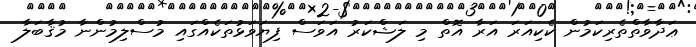
ޢަދާވާތްތެރިކަމުން ކެކިއަރަ އަރާ އޮތް މި ލަޝްކަރު އަވަސް ފިޔަވަޅުތަކެއްގައި މުސްލިމުންނާ މުޤާބަލާ